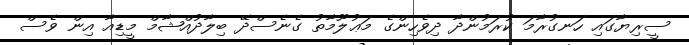
ސީރިޔާގައި ހަނގުރާމަ ކުރަމުންދާ ދިވެހިންގެ މަޢުލޫމާތު ގެނެސްދޭ ބިލާދުއްޝާމް މީޑިއާ އިން ވެސް